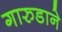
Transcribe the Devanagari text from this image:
गारुडाने